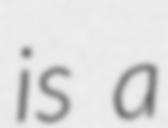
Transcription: is a